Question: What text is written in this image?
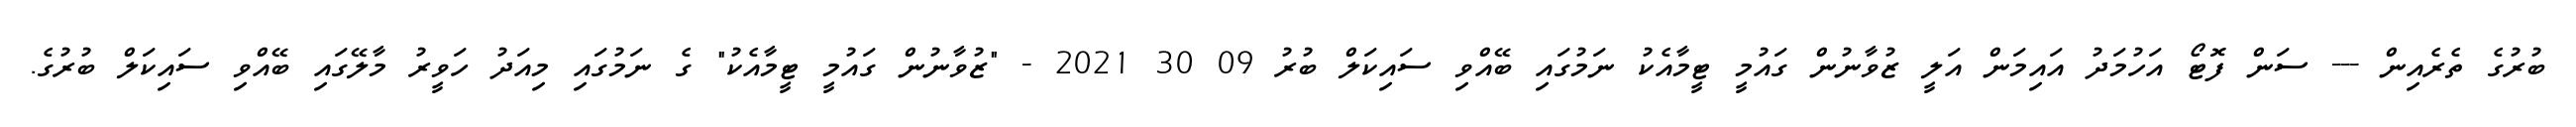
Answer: ބުރުގެ ތެރެއިން --- ސަން ފޮޓޯ އަހުމަދު އައިމަން އަލީ ޒުވާނުން ގައުމީ ޓީމާއެކު ނަމުގައި ބޭއްވި ސައިކަލް ބުރު 09 30 2021 - "ޒުވާނުން ގައުމީ ޓީމާއެކު" ގެ ނަމުގައި މިއަދު ހަވީރު މާލޭގައި ބޭއްވި ސައިކަލް ބުރުގެ.